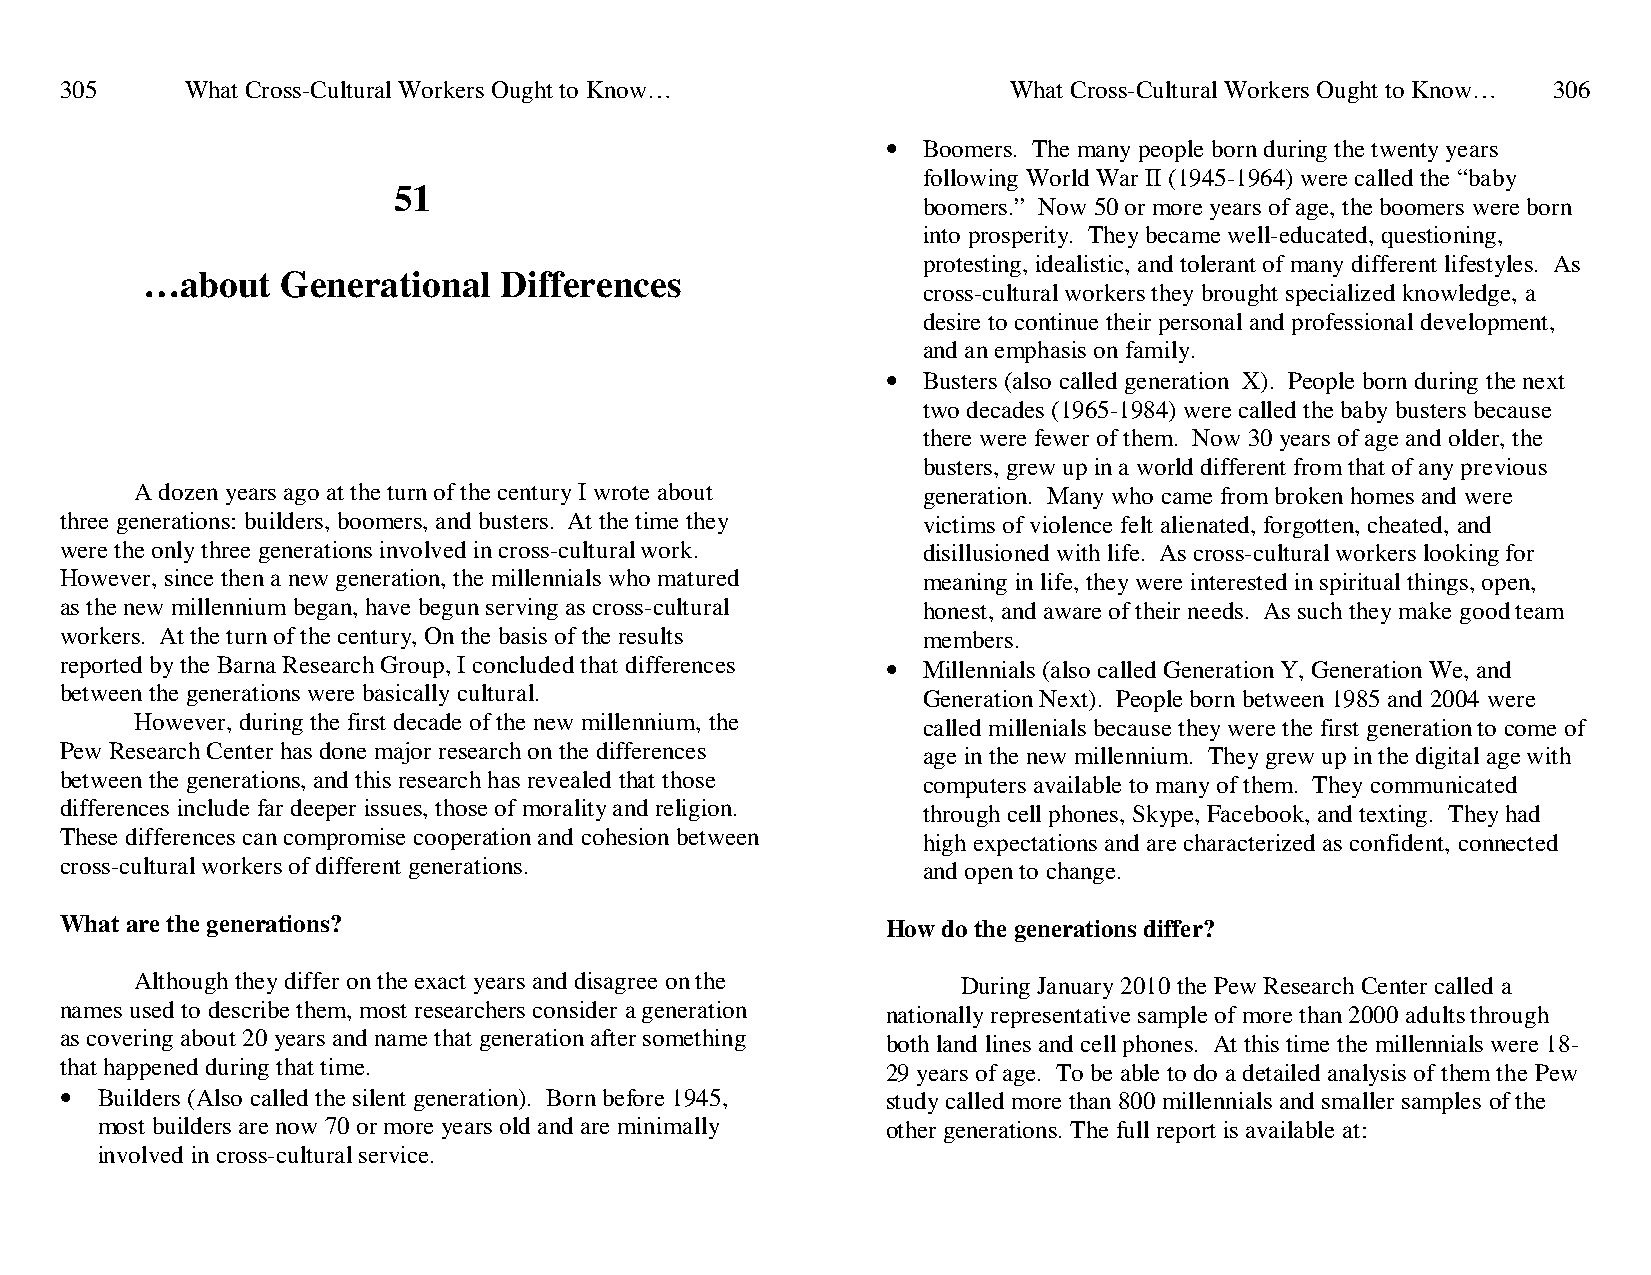
305     What Cross-Cultural Workers Ought to Know…             What Cross-Cultural Workers Ought to Know… 306
 • Boomers. The many people born during the twenty years
 following World War II (1945-1964) were called the “baby
 51
 boomers.” Now 50 or more years of age, the boomers were born
 into prosperity. They became well-educated, questioning,
 protesting, idealistic, and tolerant of many different lifestyles. As
 …about    Generational  Differences
 cross-cultural workers they brought specialized knowledge, a
 desire to continue their personal and professional development,
 and an emphasis on family.
 • Busters (also called generation X). People born during the next
 two decades (1965-1984) were called the baby busters because
 there were fewer of them. Now 30 years of age and older, the
 busters, grew up in a world different from that of any previous
 A dozen years ago at the turn of the century I wrote about generation. Many who came from broken homes and were
 three generations: builders, boomers, and busters. At the time they victims of violence felt alienated, forgotten, cheated, and
 were the only three generations involved in cross-cultural work. disillusioned with life. As cross-cultural workers looking for
 However, since then a new generation, the millennials who matured meaning in life, they were interested in spiritual things, open,
 as the new millennium began, have begun serving as cross-cultural honest, and aware of their needs. As such they make good team
 workers. At the turn of the century, On the basis of the results members.
 reported by the Barna Research Group, I concluded that differences • Millennials (also called Generation Y, Generation We, and
 between the generations were basically cultural.         Generation Next). People born between 1985 and 2004 were
 However, during the first decade of the new millennium, the called millenials because they were the first generation to come of
 Pew Research Center has done major research on the differences age in the new millennium. They grew up in the digital age with
 between the generations, and this research has revealed that those computers available to many of them. They communicated
 differences include far deeper issues, those of morality and religion. through cell phones, Skype, Facebook, and texting. They had
 These differences can compromise cooperation and cohesion between high expectations and are characterized as confident, connected
 cross-cultural workers of different generations.         and open to change.
 What are the generations?                              How do the generations differ?
 Although they differ on the exact years and disagree on the During January 2010 the Pew Research Center called a
 names used to describe them, most researchers consider a generation nationally representative sample of more than 2000 adults through
 as covering about 20 years and name that generation after something both land lines and cell phones. At this time the millennials were 18-
 that happened during that time.                        29 years of age. To be able to do a detailed analysis of them the Pew
 • Builders (Also called the silent generation). Born before 1945, study called more than 800 millennials and smaller samples of the
 most builders are now 70 or more years old and are minimally other generations. The full report is available at:
 involved in cross-cultural service.